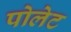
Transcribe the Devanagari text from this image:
पोलेट